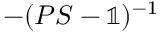
- ( P S - \mathbb { 1 } ) ^ { - 1 }